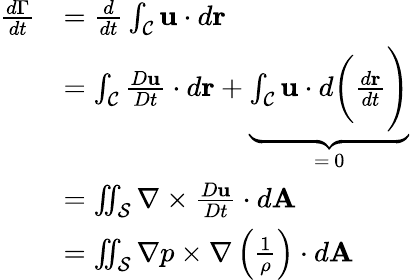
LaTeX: \begin{array}{rl}{\frac{d\Gamma}{dt}}&{=\frac{d}{dt}\int_{\mathcal{C}}\mathbf{u}\cdot d\mathbf{r}}\\ &{=\int_{\mathcal{C}}\frac{D\mathbf{u}}{Dt}\cdot d\mathbf{r}+\underbrace{\int_{\mathcal{C}}\mathbf{u}\cdot d\biggl(\frac{d\mathbf{r}}{dt}\Biggr)}_{=\, 0}}\\ &{=\iint_{\mathcal{S}}\nabla\times\frac{D\mathbf{u}}{Dt}\cdot d\mathbf{A}}\\ &{=\iint_{\mathcal{S}}\nabla p\times\nabla\left(\frac{1}{\rho}\right)\cdot d\mathbf{A}}\end{array}